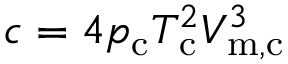
c = 4 p _ { \mathrm { c } } T _ { \mathrm { c } } ^ { 2 } V _ { \mathrm { m , c } } ^ { 3 }